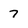
Character: 7